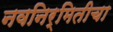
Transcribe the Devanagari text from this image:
नवनिर्मितीचा